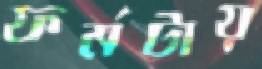
ফর্মটায়